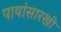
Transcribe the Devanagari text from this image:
पायांसारखी